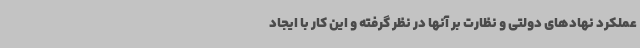
عملکرد نهادهای دولتی و نظارت بر آنها در نظر گرفته و این کار با ایجاد